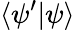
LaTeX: \langle\psi^{\prime}|\psi\rangle